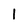
Character: 1